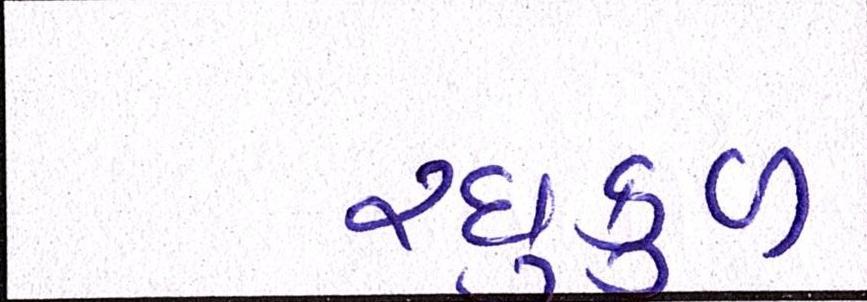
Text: રઘુકુળ